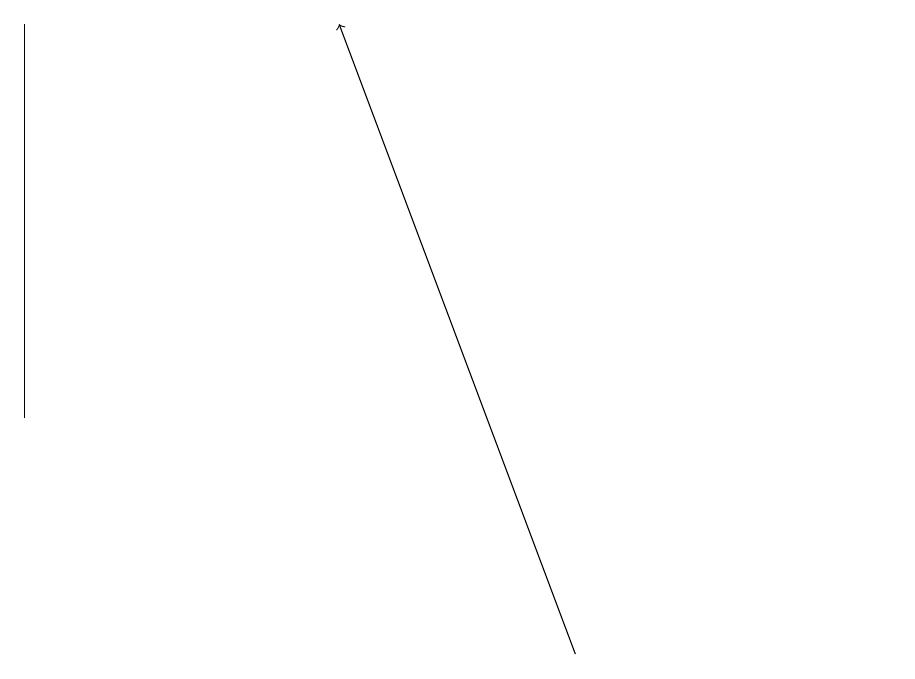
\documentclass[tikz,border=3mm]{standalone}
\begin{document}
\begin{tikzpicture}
\draw (0,18) rectangle (0,13);
\draw (11,10) circle (0);
\draw[->] (7,10) -- (4,18);
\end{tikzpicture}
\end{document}